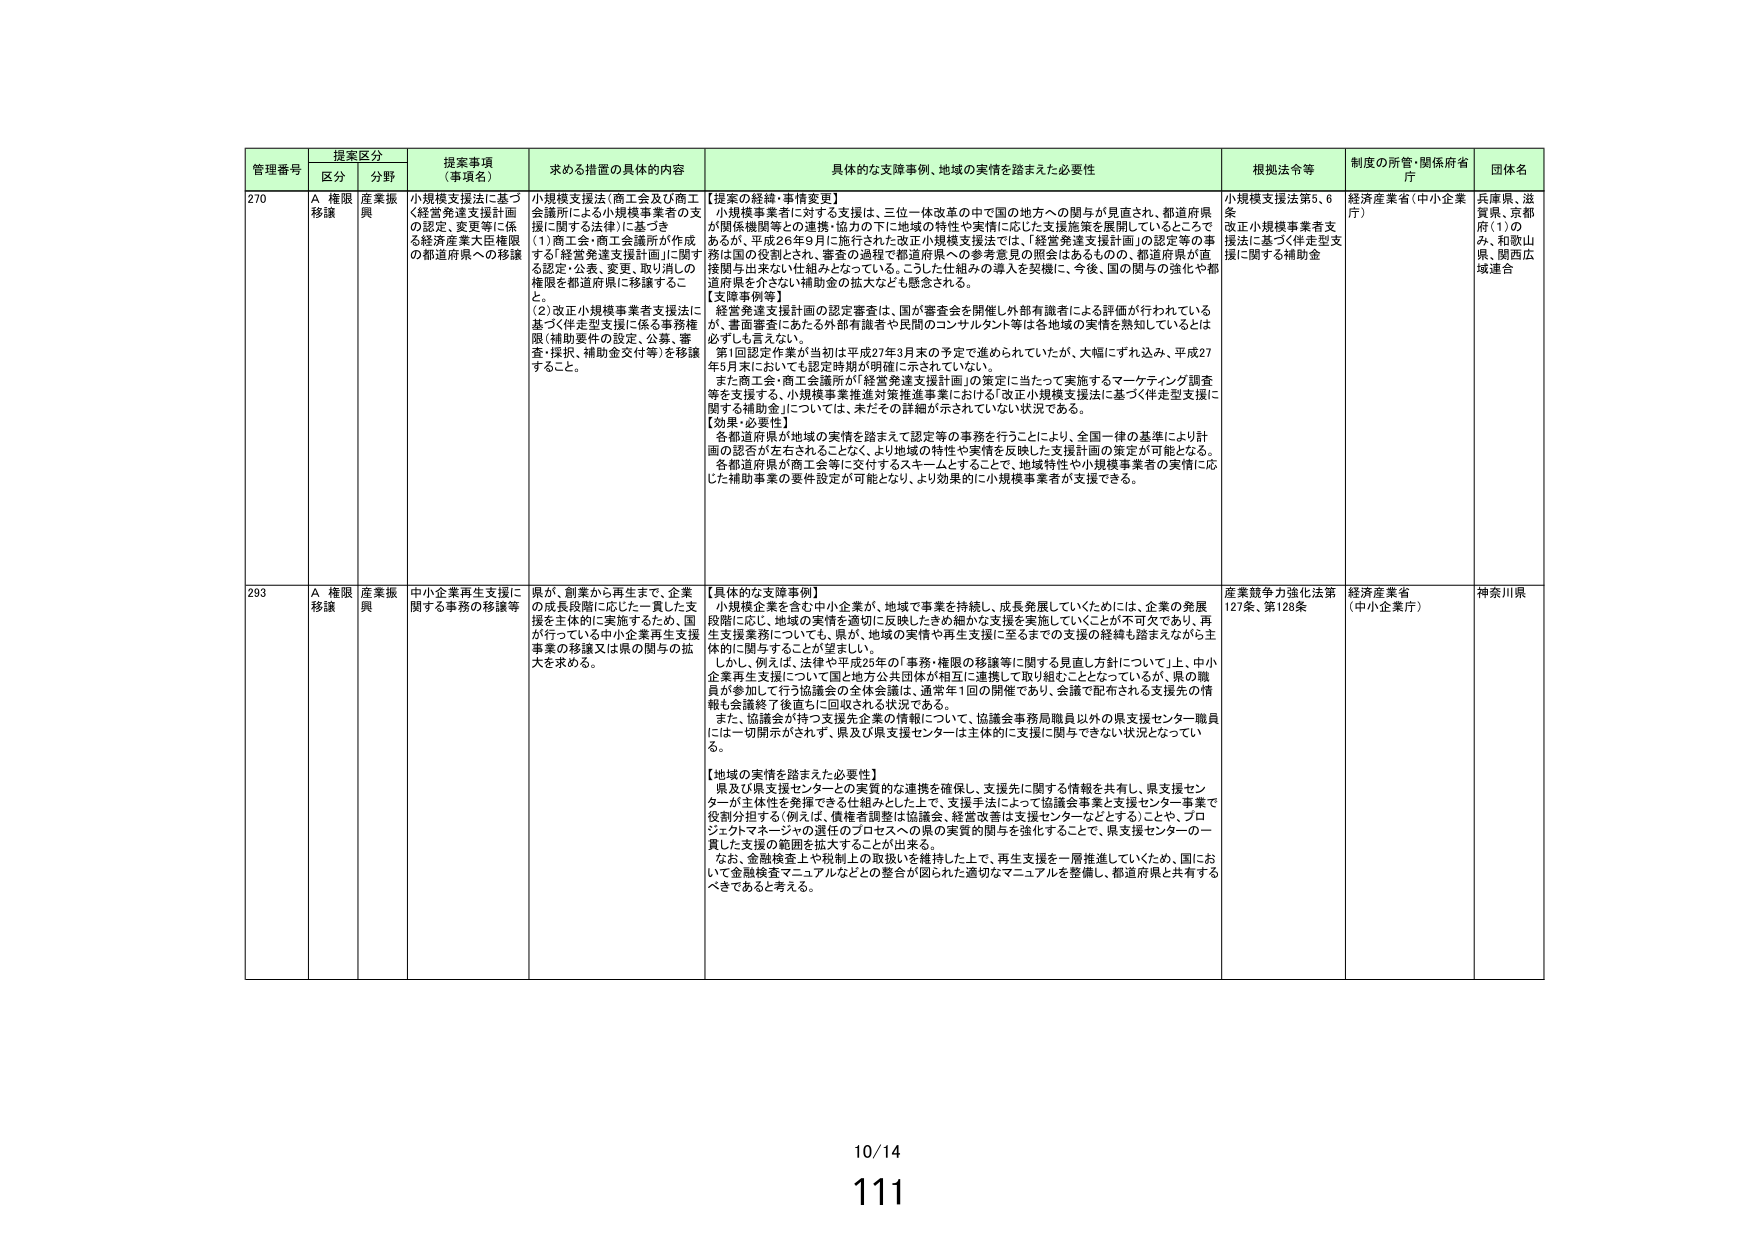
管理番号 提案区分 提案事項（事項名） 求める措置の具体的内容 具体的な支援事例、地域の実情を踏まえた必要性 根拠法令等 制度の所管・関係府省庁 団体名
区分 分野
270 A 権限移譲 産業振興 小規模支援法に基づく経営発達支援計画の認定、変更等に係る経済産業大臣権限の都道府県への移譲 小規模支援法（商工会及び商工会議所による小規模事業者の支援に関する法律）に基づき（1）商工会・商工会議所が作成する「経営発達支援計画」に関する認定・公表、変更、取り消しの権限を都道府県に移譲すること。（2）改正小規模事業者支援法に基づく伴走型支援に係る事務権限（補助要件の設定、公募、審査・採択、補助金交付等）を移譲すること。 【提案の経緯・事情変更】小規模事業者に対する支援は、三位一体改革の中で国の地方への関与が見直され、都道府県が関係機関等との連携・協力の下に「地域の特性や実情」に応じた支援施策を展開しているところであるが、平成26年9月に施行された改正小規模支援法では、「経営発達支援計画」の認定等の事務は国の役割とされ、審査の過程や都道府県への参考意見の照会はあるものの、都道府県が直接関与出来ない仕組みとなっている。こうした仕組みの導入を契機に、今後、国の関与の強化や都道府県を介さない補助金の拡大なども懸念される。【経営発達支援計画の認定審査は、国が審査会を開催し外部有識者による評価が行われているが、書面審査にあたる外部有識者や民間のコンサルタント等は各地域の実情を熟知しているとは必ずしも言えない。第1回認定作業が当初は平成27年3月末の予定で進められていたが、大幅にずれ込み、平成27年5月末においても認定時期が明確に示されていない。また商工会・商工会議所が「経営発達支援計画」の策定に当たって実施するマーケティング調査等を支援する、小規模事業推進対策推進事業における「改正小規模支援法に基づく伴走型支援に関する補助金」については、未だその詳細が示されていない状況である。【効果・必要性】各都道府県が地域の実情を踏まえて認定等の事務を行うことにより、全国一律の基準により計画の認否が左右されることなく、より地域の特性や実情を反映した支援計画の策定が可能となる。各都道府県が商工会等に交付するスキームとすることで、地域特性や小規模事業者の実情に応じた補助事業の要件設定が可能となり、より効果的に小規模事業者が支援できる。 小規模支援法第5、6条 改正小規模事業者支援法に基づく伴走型支援に関する補助金 経済産業省（中小企業庁） 兵庫県、滋賀県、京都府（1）のみ、和歌山県、関西広域連合
293 A 権限移譲 産業振興 中小企業再生支援に関する事務の移譲等 県が、創業から再生まで、企業の成長段階に応じた一貫した支援を主体的に実施するため、国が行っている中小企業再生支援事業の移譲又は県の関与の拡大を求める。 【具体的な支援事例】小規模企業を含む中小企業が、地域で事業を持続し、成長発展していくためには、企業の発展段階に応じ、地域の実情を適切に反映したきめ細かな支援を実施していくことが不可欠であり、再生支援業務についても、県が、地域の実情や再生支援に至るまでの支援の経緯を踏まえながら主体的に関与することが望ましい。しかし、例えば、法律や平成25年の「事務・権限の移譲等に関する見直し方針について」上、中小企業再生支援について国と地方公共団体が相互に連携して取り組むこととなっているが、県の職員が参加して行う協議会の全体会議は、通常年1回の開催であり、会議で配布される支援先の情報も会議終了後直ちに回収される状況である。また、協議会が持つ支援先企業の情報について、協議会事務局職員以外の県支援センター職員には一切開示がされず、県及び県支援センターは主体的に支援に関与できない状況となっている。【地域の実情を踏まえた必要性】県及び県支援センターとの実質的な連携を確保し、支援先に関する情報を共有し、県支援センターが主体性を発揮できる仕組みとした上で、支援手法によって協議会事業と支援センター事業で役割分担する（例えば、債権者調整は協議会、経営改善は支援センターなどとする）ことや、プロジェクトマネージャの選任のプロセスへの県の実質的関与を強化することで、県支援センターの一貫した支援の範囲を拡大することが出来る。なお、金融検査上や税制上の取扱いを維持した上で、再生支援を一層推進していくため、国において金融検査マニュアルなどとの整合が図られた適切なマニュアルを整備し、都道府県と共有するべきであると考える。 産業競争力強化法第127条、第128条 経済産業省（中小企業庁） 神奈川県
10/14
111